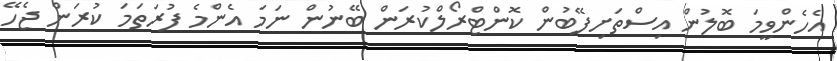
އެހެންވީމަ ބޮލުން އިސްތަށިފޭބުން ކޮންޓްރޯލްކުރަން ބޭނުން ނަމަ އެންމެ ފުރަތަމަ ކުރަން ޖެހޭ